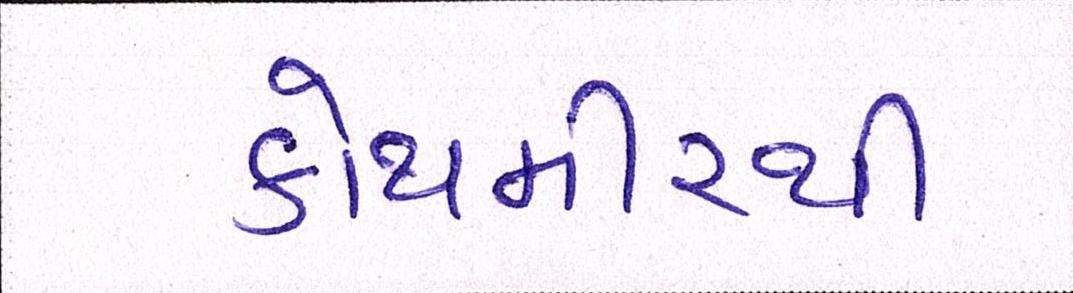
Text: કોથમીરથી